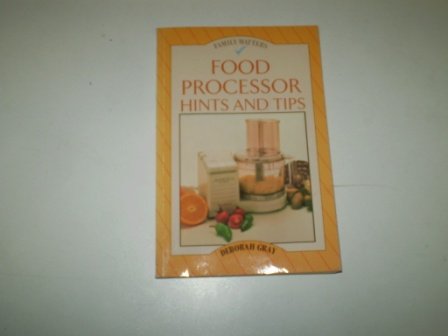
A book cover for Food Processor: Hints and Tips (Family Matters); Deborah Gray; Cookbooks, Food & Wine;